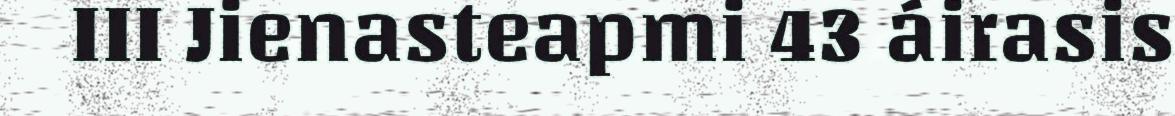
III Jienasteapmi 43 áirasis